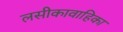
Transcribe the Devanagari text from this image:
लसीकावाहिका